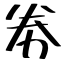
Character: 劵